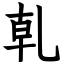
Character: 乹